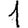
Digit: 1